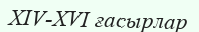
XIV-XVI ғасырлар